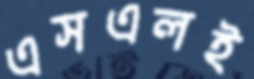
এসএলই